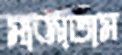
সাজাতাম